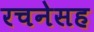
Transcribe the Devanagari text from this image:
रचनेसह